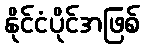
နိုင်ငံပိုင်အဖြစ်